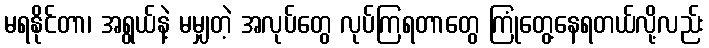
မရနိုင်တာ၊ အရွယ်နဲ့ မမျှတဲ့ အလုပ်တွေ လုပ်ကြရတာတွေ ကြုံတွေ့နေရတယ်လို့လည်း